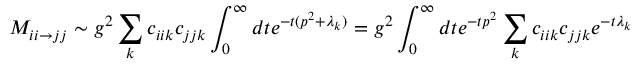
{ \cal M } _ { i i \rightarrow j j } \sim g ^ { 2 } \sum _ { k } c _ { i i k } c _ { j j k } \int _ { 0 } ^ { \infty } d t e ^ { - t ( p ^ { 2 } + \lambda _ { k } ) } = g ^ { 2 } \int _ { 0 } ^ { \infty } d t e ^ { - t p ^ { 2 } } \sum _ { k } c _ { i i k } c _ { j j k } e ^ { - t \lambda _ { k } }